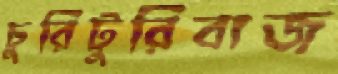
চুরিটুরিবাজ